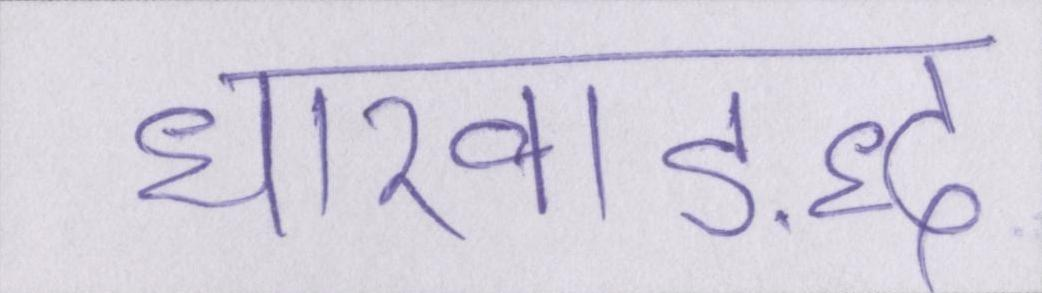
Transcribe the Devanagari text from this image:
धारवाड़द्ध